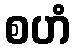
စဟံ